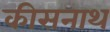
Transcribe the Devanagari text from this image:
कीसनाथ